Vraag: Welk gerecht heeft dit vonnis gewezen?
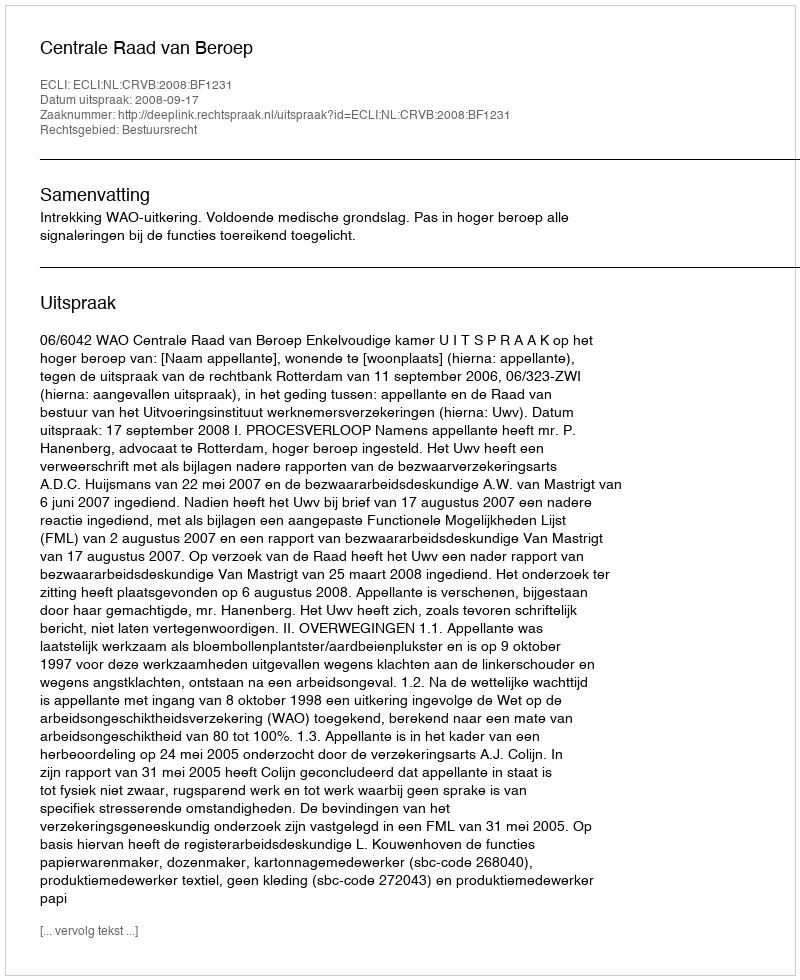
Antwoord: Centrale Raad van Beroep